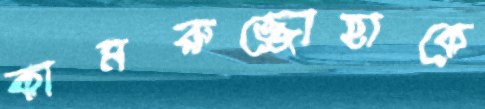
কামরুজ্জোহাকে